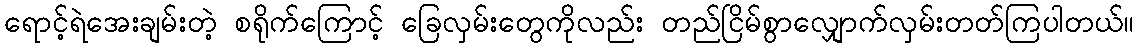
ရောင့်ရဲအေးချမ်းတဲ့ စရိုက်ကြောင့် ခြေလှမ်းတွေကိုလည်း တည်ငြိမ်စွာလျှောက်လှမ်းတတ်ကြပါတယ်။